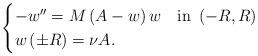
LaTeX: \begin{align*}\begin{cases}-w''= M \left(A-w\right)w &\textup{in }\left(-R,R\right)\\w\left(\pm R\right)= \nu A.\end{cases}\end{align*}